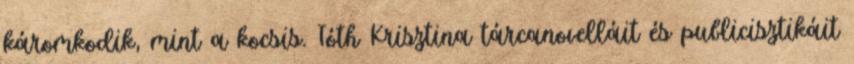
káromkodik, mint a kocsis. Tóth Krisztina tárcanovelláit és publicisztikáit